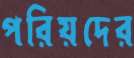
পরিয়দের